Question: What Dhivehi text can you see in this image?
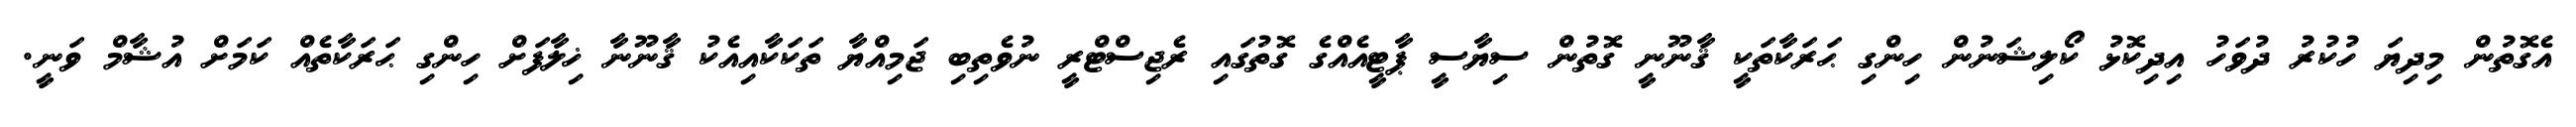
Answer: އެގޮތުން މިދިޔަ ހުކުރު ދުވަހު އިދިކޮޅު ކޯލިޝަނުން ހިންގި ޙަރަކާތަކީ ޤާނޫނީ ގޮތުން ސިޔާސީ ޕާޓީއެއްގެ ގޮތުގައި ރެޖިސްޓްރީ ނުވެތިބި ޖަމިއްޔާ ތަކަކާއިއެކު ޤާނޫނާ ޚިލާފަށް ހިންގި ޙަރަކާތެއް ކަމަށް އުޝާމް ވަނީ.